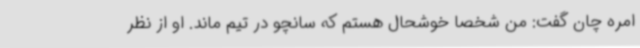
امره چان گفت: من شخصا خوشحال هستم که سانچو در تیم ماند. او از نظر